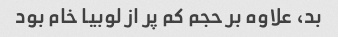
بد، علاوه بر حجم کم پر از لوبیا خام بود